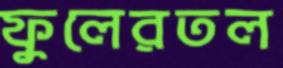
ফুলেরতল